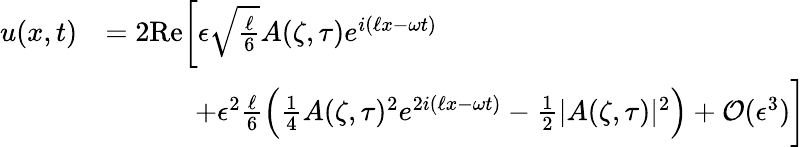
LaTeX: \begin{array}{rl}{u(x,t)}&{=2\mathrm{Re}\bigg[\epsilon\sqrt{\frac{\ell}{6}}A(\zeta,\tau)e^{i(\ell x-\omega t)}}\\ &{\qquad\quad\, +\epsilon^{2}\frac{\ell}{6}\Big(\frac{1}{4}A(\zeta,\tau)^{2}e^{2i(\ell x-\omega t)}-\frac{1}{2}|A(\zeta,\tau)|^{2}\Big)+\mathcal{O}(\epsilon^{3})\bigg]}\end{array}